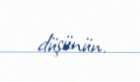
düşünün.